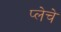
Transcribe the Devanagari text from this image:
प्लेचे